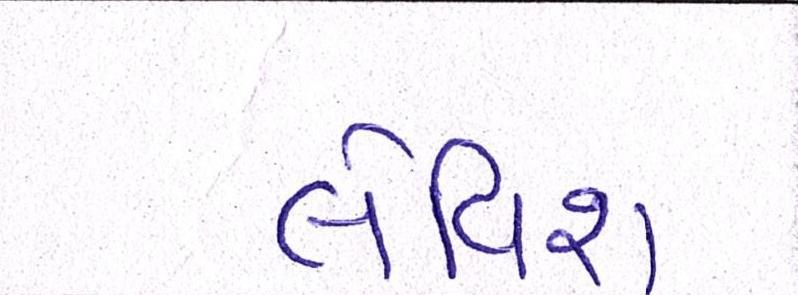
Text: લેવિશ